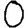
Digit: 0